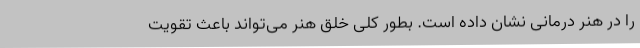
را در هنر درمانی نشان داده است. بطور کلی خلق هنر می‌تواند باعث تقویت